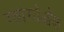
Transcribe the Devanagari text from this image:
ग्वांग्येओक